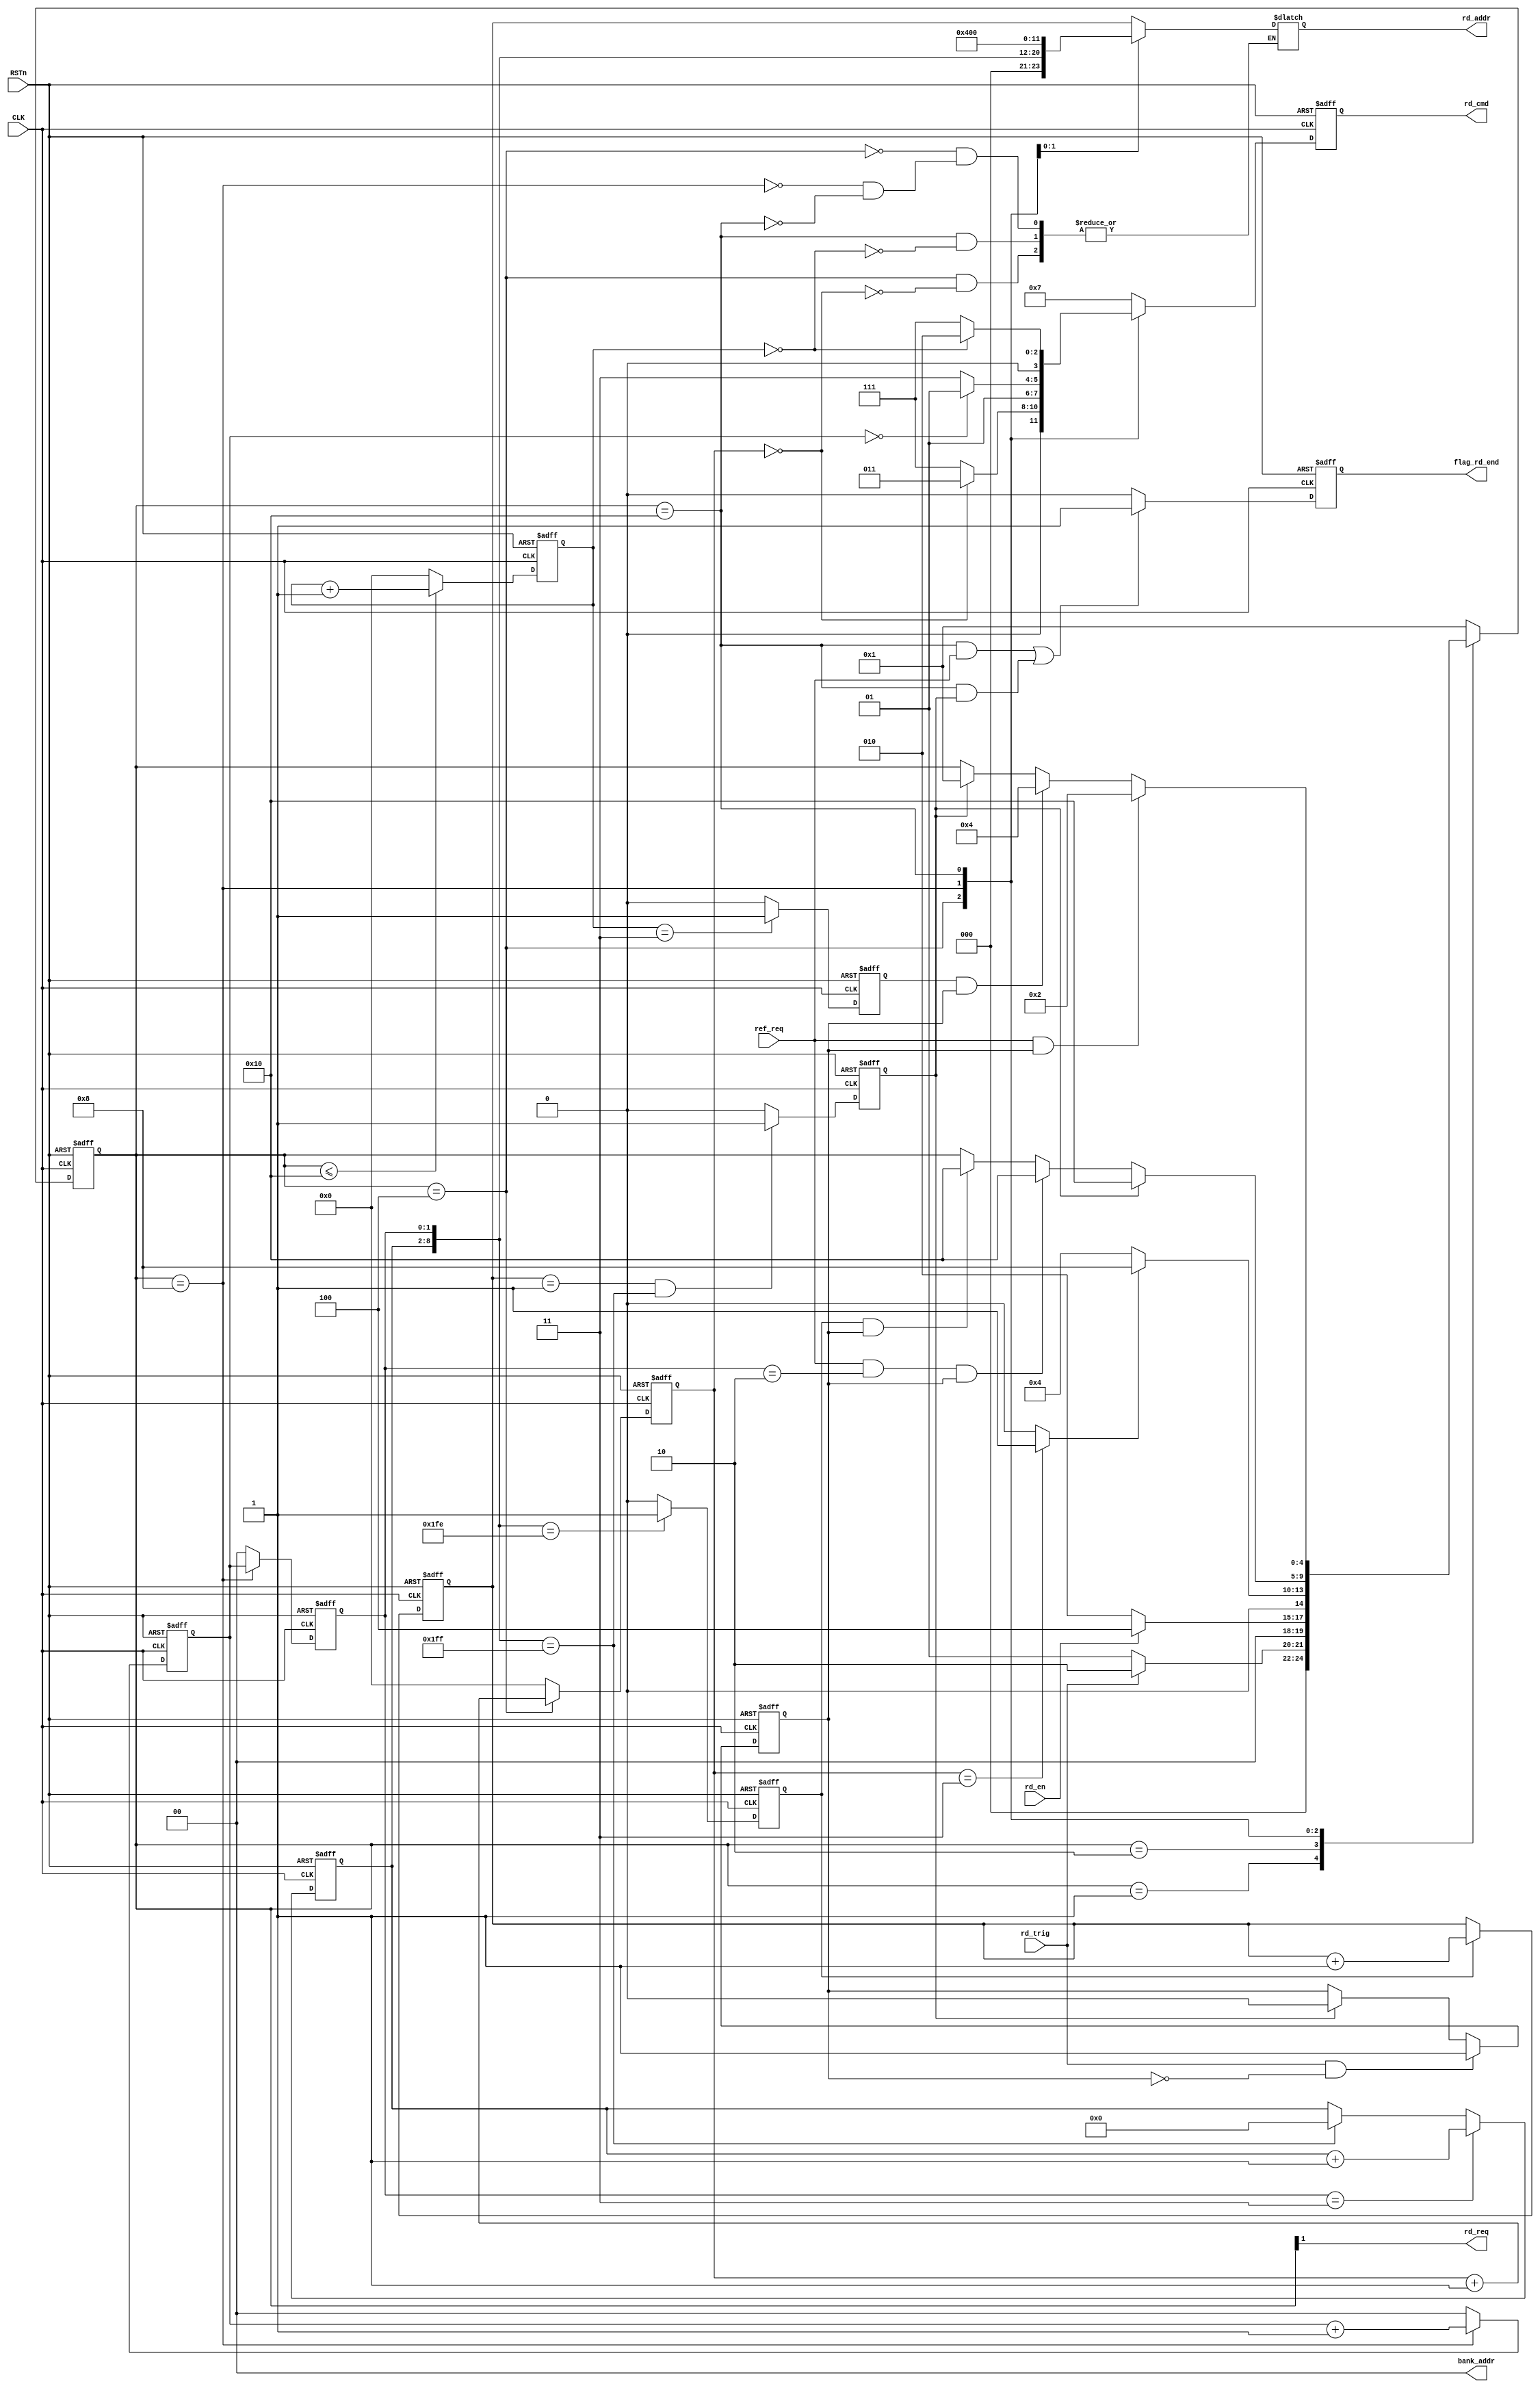
module sdram_read(
	input 				CLK,
	input 				RSTn,

	input 				rd_en,
	output wire 		rd_req,
	output reg 			flag_rd_end,

	output reg [ 3:0] 	rd_cmd,
	output reg [11:0] 	rd_addr,
	output wire[ 1:0] 	bank_addr,

	input				rd_trig,
	input 				ref_req

	//output reg [15:0]	wr_data
);
//=======================state=====================//
localparam W_IDLE 	= 5'b00001;
localparam W_REQ 	= 5'b00010;
localparam W_ACT 	= 5'b00100;
localparam W_RD 	= 5'b01000;
localparam W_PRE 	= 5'b10000;

//======================command====================//
localparam NOP 	= 4'b0111;
localparam PRE 	= 4'b0010;
localparam ACT 	= 4'b0011;
localparam AREF = 4'b0001;
localparam RD 	= 4'b0101;


reg 		flag_rd;
reg [ 4:0] 	state;


wire 		flag_act_end;
reg  		flag_pre_end;
reg  		sd_row_end;//hang over
reg  [ 1:0] burst_cnt;
reg  [ 1:0]	burst_cnt_t;
reg  		rd_data_end;

reg  [ 3:0]	act_cnt;
reg  [ 3:0]	break_cnt;
reg  [ 6:0]	col_cnt;

reg  [11:0]	row_addr;
wire [ 8:0]	col_addr;

//flag_rd
always @(posedge CLK or negedge RSTn) 
begin
	if (!RSTn) 
		begin
			flag_rd <= 0;
		end
	else if (rd_trig && (!flag_rd)) 
		begin
			flag_rd <= 1;
		end
	else if (rd_data_end)
	 	begin
			flag_rd <= 0; 
		end
end

//====================FSM=================//
always @(posedge CLK or negedge RSTn) 
begin
	if (!RSTn) 
		begin
			state <= W_IDLE;
		end
	else 
		case(state)
			W_IDLE:	if (rd_trig)
						state <= W_REQ;
					else
						state <= W_IDLE;
			W_REQ :	if (rd_en)
						state <= W_ACT;
					else
						state <= W_REQ;
			W_ACT :	if (flag_act_end)
						state <= W_RD;
					else
						state <= W_ACT;
			W_RD  :	begin
				    	if (rd_data_end)
							state <= W_PRE;
						else if (ref_req && (burst_cnt_t == 'd2) && flag_rd)
							state <= W_PRE;
						else if (sd_row_end && flag_rd)
							state <= W_PRE;
					end
			W_PRE :	begin
			         	if (ref_req && flag_rd)
							state <= W_REQ;
						else if (flag_pre_end && flag_rd)
							state <= W_ACT;
						else if (rd_data_end)
							state <= W_IDLE;
					end
			default:	state <= W_IDLE;
		endcase	
	
end


//=====================command=====================//
always @(posedge CLK or negedge RSTn) 
begin
	if (!RSTn) 
		begin
			rd_cmd <= NOP;
		end
	else 
		case (state)
			 W_ACT  :	if (act_cnt == 0)
			 				rd_cmd <= ACT;
			 			else
			 				rd_cmd <= NOP;
			 W_RD	:	if (burst_cnt == 0)
			 				rd_cmd <= RD;
			 			else
			 				rd_cmd <= NOP;
			 W_PRE	:	if (break_cnt == 0)
			 				rd_cmd <= PRE;
			 			else
			 				rd_cmd <= NOP;
			 default:	rd_cmd <= NOP;

		endcase
		
end


//flag_act_end
assign flag_act_end = (act_cnt == 'd3) ? 1: 0;

//flag_pre_end
//assign flag_pre_end = (break_cnt == 'd3) ? 1 : 0;
always @(posedge CLK or negedge RSTn) 
begin
	if (!RSTn) 
		begin
			flag_pre_end <= 0;
		end
	else if (break_cnt == 'd3) 
		begin
			flag_pre_end <= 1;
		end
	else 
		begin
			flag_pre_end <= 0;
		end
end
//sd_row_end
//assign sd_row_end = (col_addr == 'd511) ? 1 : 0;
always @(posedge CLK or negedge RSTn) 
begin
    if (!RSTn)
        sd_row_end <= 0;
//    else if (state == W_RD && col_addr == 'd511)
    else if (col_addr == 'd510)
        sd_row_end <= 1;
    else 
        sd_row_end <= 0;
end

//burst_cnt
always @(posedge CLK or negedge RSTn) 
begin
	if (!RSTn) 
		begin
			burst_cnt <= 0;
			burst_cnt_t <= 0;		
		end
	else if (state == W_RD) 
		begin
			burst_cnt <= burst_cnt + 1;
			burst_cnt_t <= burst_cnt;
		end
	else 
		begin
			burst_cnt <= 0;
			burst_cnt_t<= 0;
		end
end

//rd_data_end
always @(posedge CLK or negedge RSTn) 
begin
	if (!RSTn) 
		begin
			rd_data_end <= 0;		
		end
	else if ((row_addr == 1) && (col_addr == 'd511)) 
		begin
			rd_data_end <= 1;
		end
	else 
		begin
			rd_data_end <= 0;
		end
end

//act_cnt
always @(posedge CLK or negedge RSTn) 
begin
	if (!RSTn) 
		begin
			act_cnt <= 0;
		end
	else if (state == W_ACT) 
		begin
			act_cnt <= act_cnt + 1;
		end
	else 
		begin
			act_cnt <= 0;
		end
end

//break_cnt
always @(posedge CLK or negedge RSTn) 
begin
	if (!RSTn) 
		begin
			break_cnt <= 0;
		end
	else if (state <= W_PRE) 
		begin
			break_cnt <= break_cnt + 1;
		end
	else 
		begin
			break_cnt <= 0;
		end
end

//col_cnt
always @(posedge CLK or negedge RSTn) 
begin
	if (!RSTn) 
		begin
			col_cnt <= 0;		
		end
//	else if (state == W_RD && burst_cnt_t == 'd3) 
	else if ( burst_cnt_t == 'd3) 
		begin
			col_cnt <= col_cnt + 1;
		end
	else if (col_addr == 'd511)
		begin
			col_cnt <= 0;
		end
end

//row_addr
always @(posedge CLK or negedge RSTn) 
begin
	if (!RSTn) 
		begin
			row_addr <= 0;		
		end
	else if (sd_row_end) 
		begin
			row_addr <= row_addr + 1;
		end
end

//col_addr
assign col_addr = {col_cnt , burst_cnt_t};
// col_addr={col_cnt	burst_cnt_t}
// 			 0000000		00			
// 			 0000000		01			
// 			 0000000		10			
// 			 0000000		11
// 			 
// 			 0000001		00		
// 			 0000001		01
// 			 0000001		10
// 			 0000001		11
// 			 ...			...

//rd_addr
always @(*) 
begin 
	case(state)
		W_ACT	:	if (act_cnt == 0)
				 		rd_addr <= row_addr;
		W_RD	:		rd_addr <= {3'b000,col_addr};
		W_PRE	:	if (break_cnt == 0)
				 		rd_addr <= 12'b0100_0000_0000;
	endcase
end

assign bank_addr = 2'b00;

//rd_req
//assign rd_req = (state == W_REQ) ? 1 : 0;//also can use
assign rd_req = state[1];

//flag_rd_end
always @(posedge CLK or negedge RSTn) 
begin
	if (!RSTn) 
		begin
			flag_rd_end <= 0;
		end
	else if ((state == W_PRE && ref_req == 1) || (state == W_PRE && rd_data_end == 1)) //ref
		begin
			flag_rd_end <= 1;
		end
	else 
		flag_rd_end <= 0;
end




//test
//always @(*) 
//begin
//	case(burst_cnt_t)
//		0:wr_data <= 'd3;
//		1:wr_data <= 'd5;
//		2:wr_data <= 'd7;
//		3:wr_data <= 'd9;
//	endcase
//end



endmodule